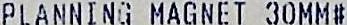
PLANNING MAGNET 30MM#